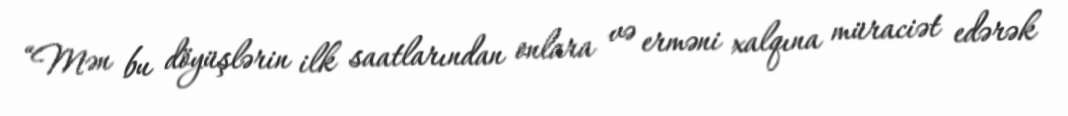
“Mən bu döyüşlərin ilk saatlarından onlara və erməni xalqına müraciət edərək